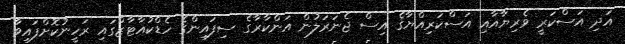
އަދި އަސްކަރީ ވެރިޔާއާއި އަސްކަރިއްޔާގެ އިސް ޖެނަރަލުން އަންކާރާގެ ސިފައިންގެ ހެޑްކުއާޓާޒްގައި ރަހީނުކޮށްފައިވާ